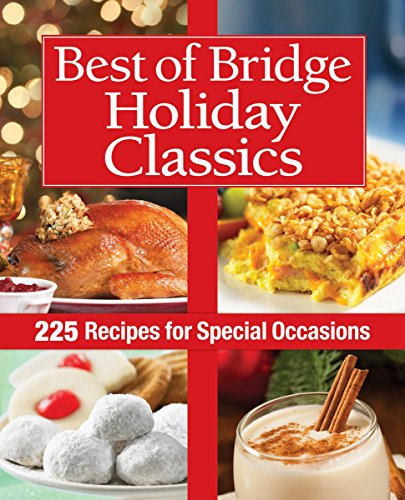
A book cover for Best of Bridge Holiday Classics: 225 Recipes for Special Occasions (The Best of Bridge); The Editors of Best of Bridge; Cookbooks, Food & Wine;